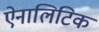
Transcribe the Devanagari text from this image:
ऐनालिटिक